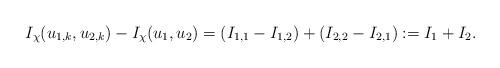
LaTeX: \begin{align*}I_{\chi}(u_{1, k}, u_{2, k})-I_{\chi}(u_1, u_2)=(I_{1, 1}-I_{1, 2})+(I_{2, 2}-I_{2, 1}):=I_1+I_2.\end{align*}